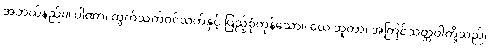
အဘယ်နည်း။ ပါဏာ၊ ထွက်သက်ဝင်သက်နှင့် ပြည့်စုံကုန်သော။ ယေ ဘူတာ၊ အကြင်သတ္တဝါတို့သည်။